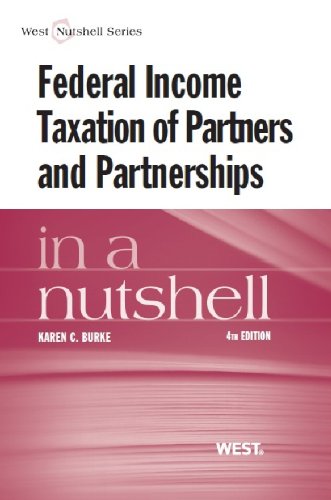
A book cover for Federal Income Taxation of Partners and Partnerships in a Nutshell; Karen Burke; Law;